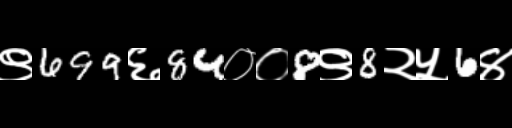
Text: ९699६84००8९8२५6४